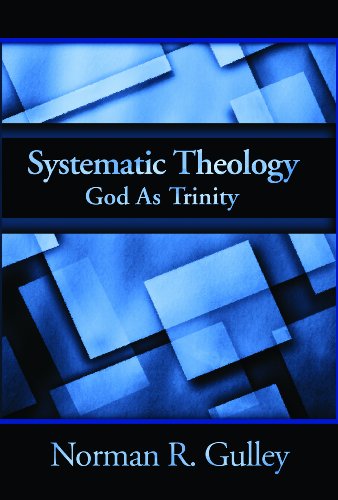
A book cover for Systematic Theology: God As Trinity; Norman R. Gulley; Christian Books & Bibles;